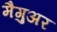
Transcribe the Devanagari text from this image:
मैगुअर